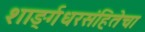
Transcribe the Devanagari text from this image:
शार्ङ्गधरसंहितेचा